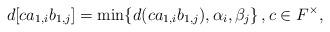
LaTeX: \begin{align*}d[ca_{1,i}b_{1,j}]=\min\{d(ca_{1,i}b_{1,j}),\alpha_{i},\beta_{j}\}\,,c\in F^{\times},\end{align*}